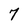
Character: 7